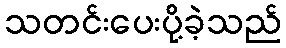
သတင်းပေးပို့ခဲ့သည်